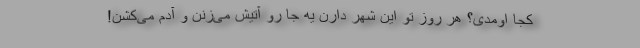
کجا اومدی؟ هر روز تو این شهر دارن یه جا رو آتیش می‌زنن و آدم می‌کُشن!